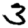
Digit: 3